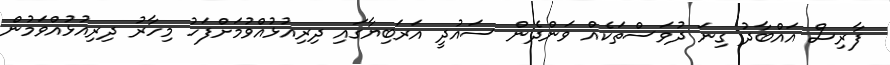
ފާރިސް އައްބާދު ގިނަ ދުވަސްތަކެއް ވަންދެން ސައުދީ އަރަބިޔާގައި ދިރިއުޅުއްވުމަށްފަހު މިހާރު ދިރިއުޅުއްވަމުން